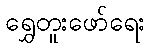
ရွှေတူးဖော်ရေး